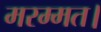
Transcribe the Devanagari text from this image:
मरम्मत।